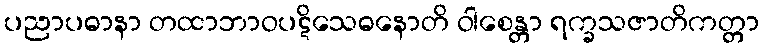
ပညာပဓာနာ တထာဘာဝပဋိသေဓနောတိ ဝါစေန္တာ ရက္ခသဇာတိကတ္တာ